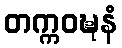
တက္ကဝဍ္ဎနံ